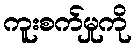
ကူးစက်မှုကို